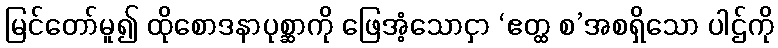
မြင်တော်မူ၍ ထိုစောဒနာပုစ္ဆာကို ဖြေအံ့သောငှာ ‘ဧတ္ထ စ’အစရှိသော ပါဌ်ကို